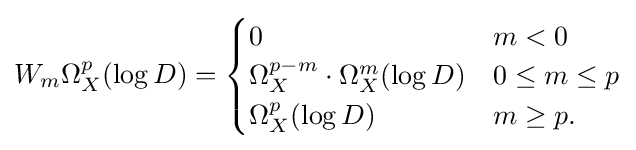
W_{m}\Omega _{X}^{p}(\log D)={\begin{cases}0&m<0\\\Omega _{X}^{p-m}\cdot \Omega _{X}^{m}(\log D)&0\leq m\leq p\\\Omega _{X}^{p}(\log D)&m\geq p.\end{cases}}